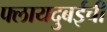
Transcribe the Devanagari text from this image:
फ्लायदुबईची